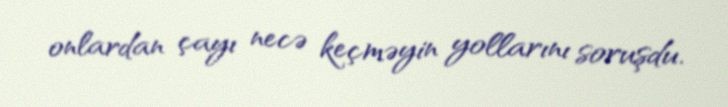
onlardan çayı necə keçməyin yollarını soruşdu.